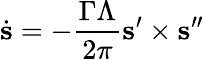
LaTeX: \dot{{\mathbf s}}=-\frac{\Gamma\Lambda}{2\pi}{\mathbf s}^{\prime}\times{\mathbf s}^{\prime\prime}